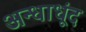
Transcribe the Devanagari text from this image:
अन्धाधूंद